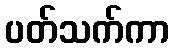
ပတ်သက်ကာ